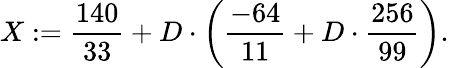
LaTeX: X:={\frac{140}{33}}+D\cdot\left({\frac{-64}{11}}+D\cdot{\frac{256}{99}}\right).